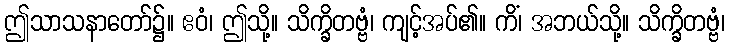
ဤသာသနာတော်၌။ ဧဝံ၊ ဤသို့။ သိက္ခိတဗ္ဗံ၊ ကျင့်အပ်၏။ ကိံ၊ အဘယ်သို့။ သိက္ခိတဗ္ဗံ၊